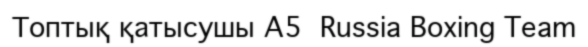
Топтық қатысушы A5  Russia Boxing Team